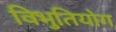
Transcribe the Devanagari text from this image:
विभुतियोग